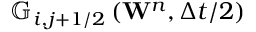
{ { \mathbb { G } } _ { i , j + 1 / 2 } } \left( { { \mathbf { W } } ^ { n } } , \Delta t / 2 \right)